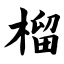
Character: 榴